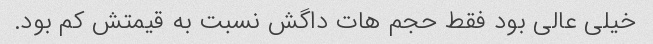
خیلی عالی بود فقط حجم هات داگش نسبت به قیمتش کم بود.